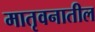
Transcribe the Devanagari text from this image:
मातृवनातील